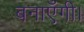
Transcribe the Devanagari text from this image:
बनाएँगी।